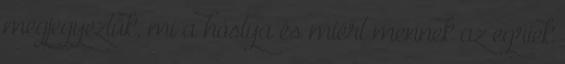
megjegyeztük, mi a hóstya és miért mennek az egriek